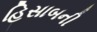
હિસાબની